Civil Veterinary Department. United Provinces 1932-42 - 1932-1942
Year: 1932
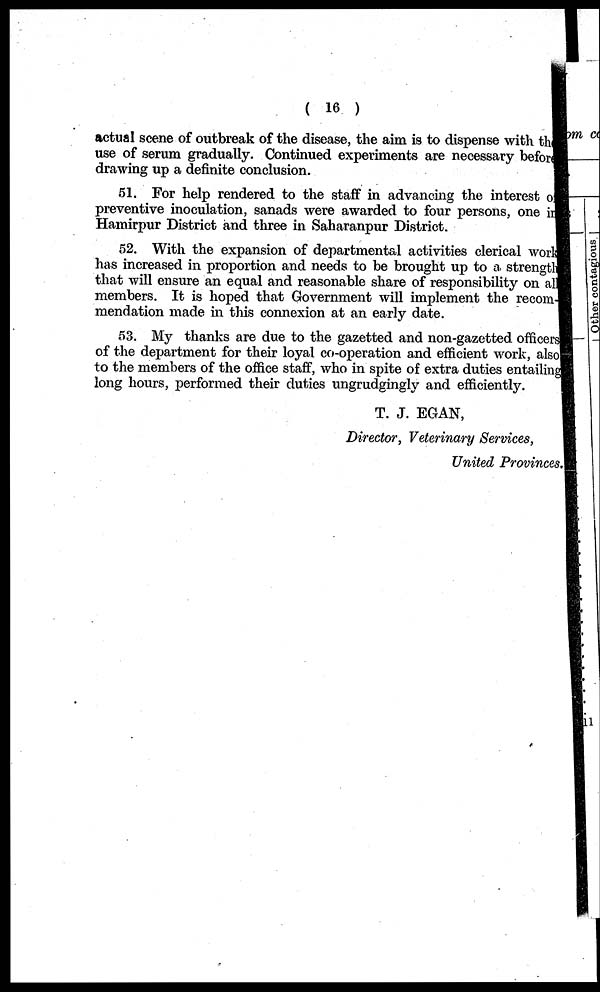
(16)
Actual scene of outbreak of the disease, the aim is to dispense with th
use of serum gradually. Continued experiments are necessary before
drawing up a definite conclusion.
51. For help rendered to the staff in advancing the interest or
preventive inoculation, sanads were awarded to four persons, one in
Hamirpur District and three in Saharanpur District.
52. With the expansion of departmental activities clerical work
has increased in proportion and needs to be brought up to a strength
that will ensure an equal and reasonable share of responsibility on all
members. It is hoped that Government will implement the recom-
mendation made in this connexion at an early date.
53. My thanks are due to the gazetted and non-gazetted officers
of the department for their loyal co-operation and efficient work, also
to the members of the office staff, who in spite of extra duties entailing
long hours, performed their duties ungrudgingly and efficiently.
T. J. EGAN,
Director, Veterinary Services,
United Provinces.